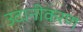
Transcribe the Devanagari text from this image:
उदानीकरण